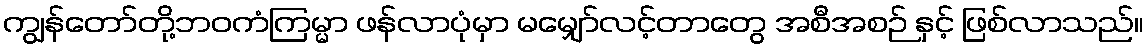
ကျွန်တော်တို့ဘဝကံကြမ္မာ ဖန်လာပုံမှာ မမျှော်လင့်တာတွေ အစီအစဉ် နှင့် ဖြစ်လာသည်။